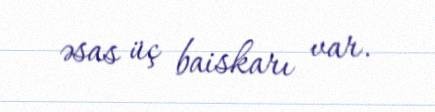
əsas üç baiskarı var.